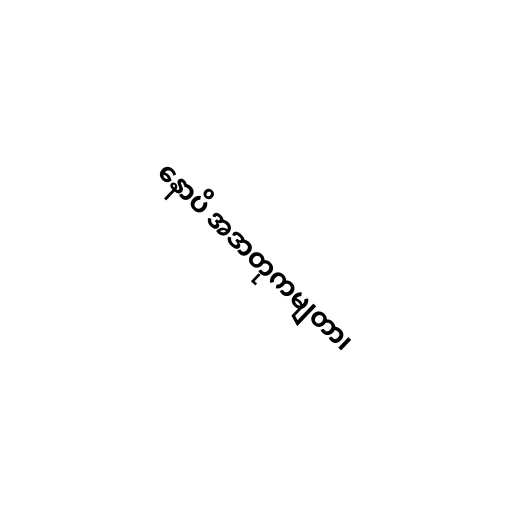
နောပိ အဒာတုကမျတာ၊